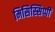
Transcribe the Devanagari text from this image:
मिसिस्सिप्पी